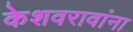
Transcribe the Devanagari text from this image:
केशवरावांना